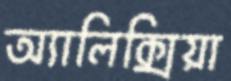
অ্যালিক্সিয়া